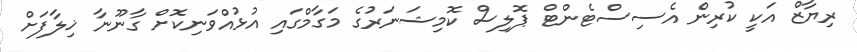
ރިޔާޒް އަކީ ކުރިން އެސިސްޓެންޓް ޕޮލިސް ކޮމިޝަނަރުގެ މަގާމްގައި އުޅުއްވަނިކޮށް ގާނޫނާ ޚިލާފަށް